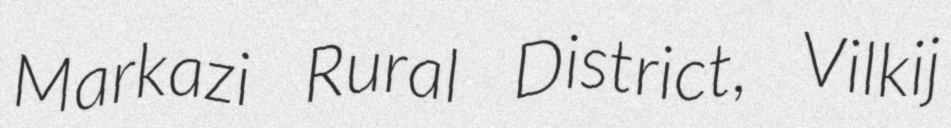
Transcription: Markazi Rural District, Vilkij